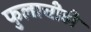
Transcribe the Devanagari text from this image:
फुलाचीही